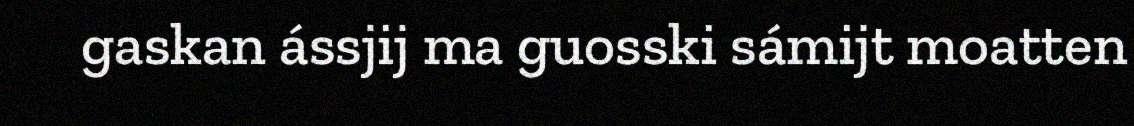
gaskan ássjij ma guosski sámijt moatten